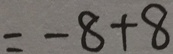
= - 8 + 8